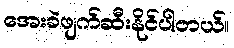
အေးခဲဖျက်ဆီးနိုင်ပါတယ်။